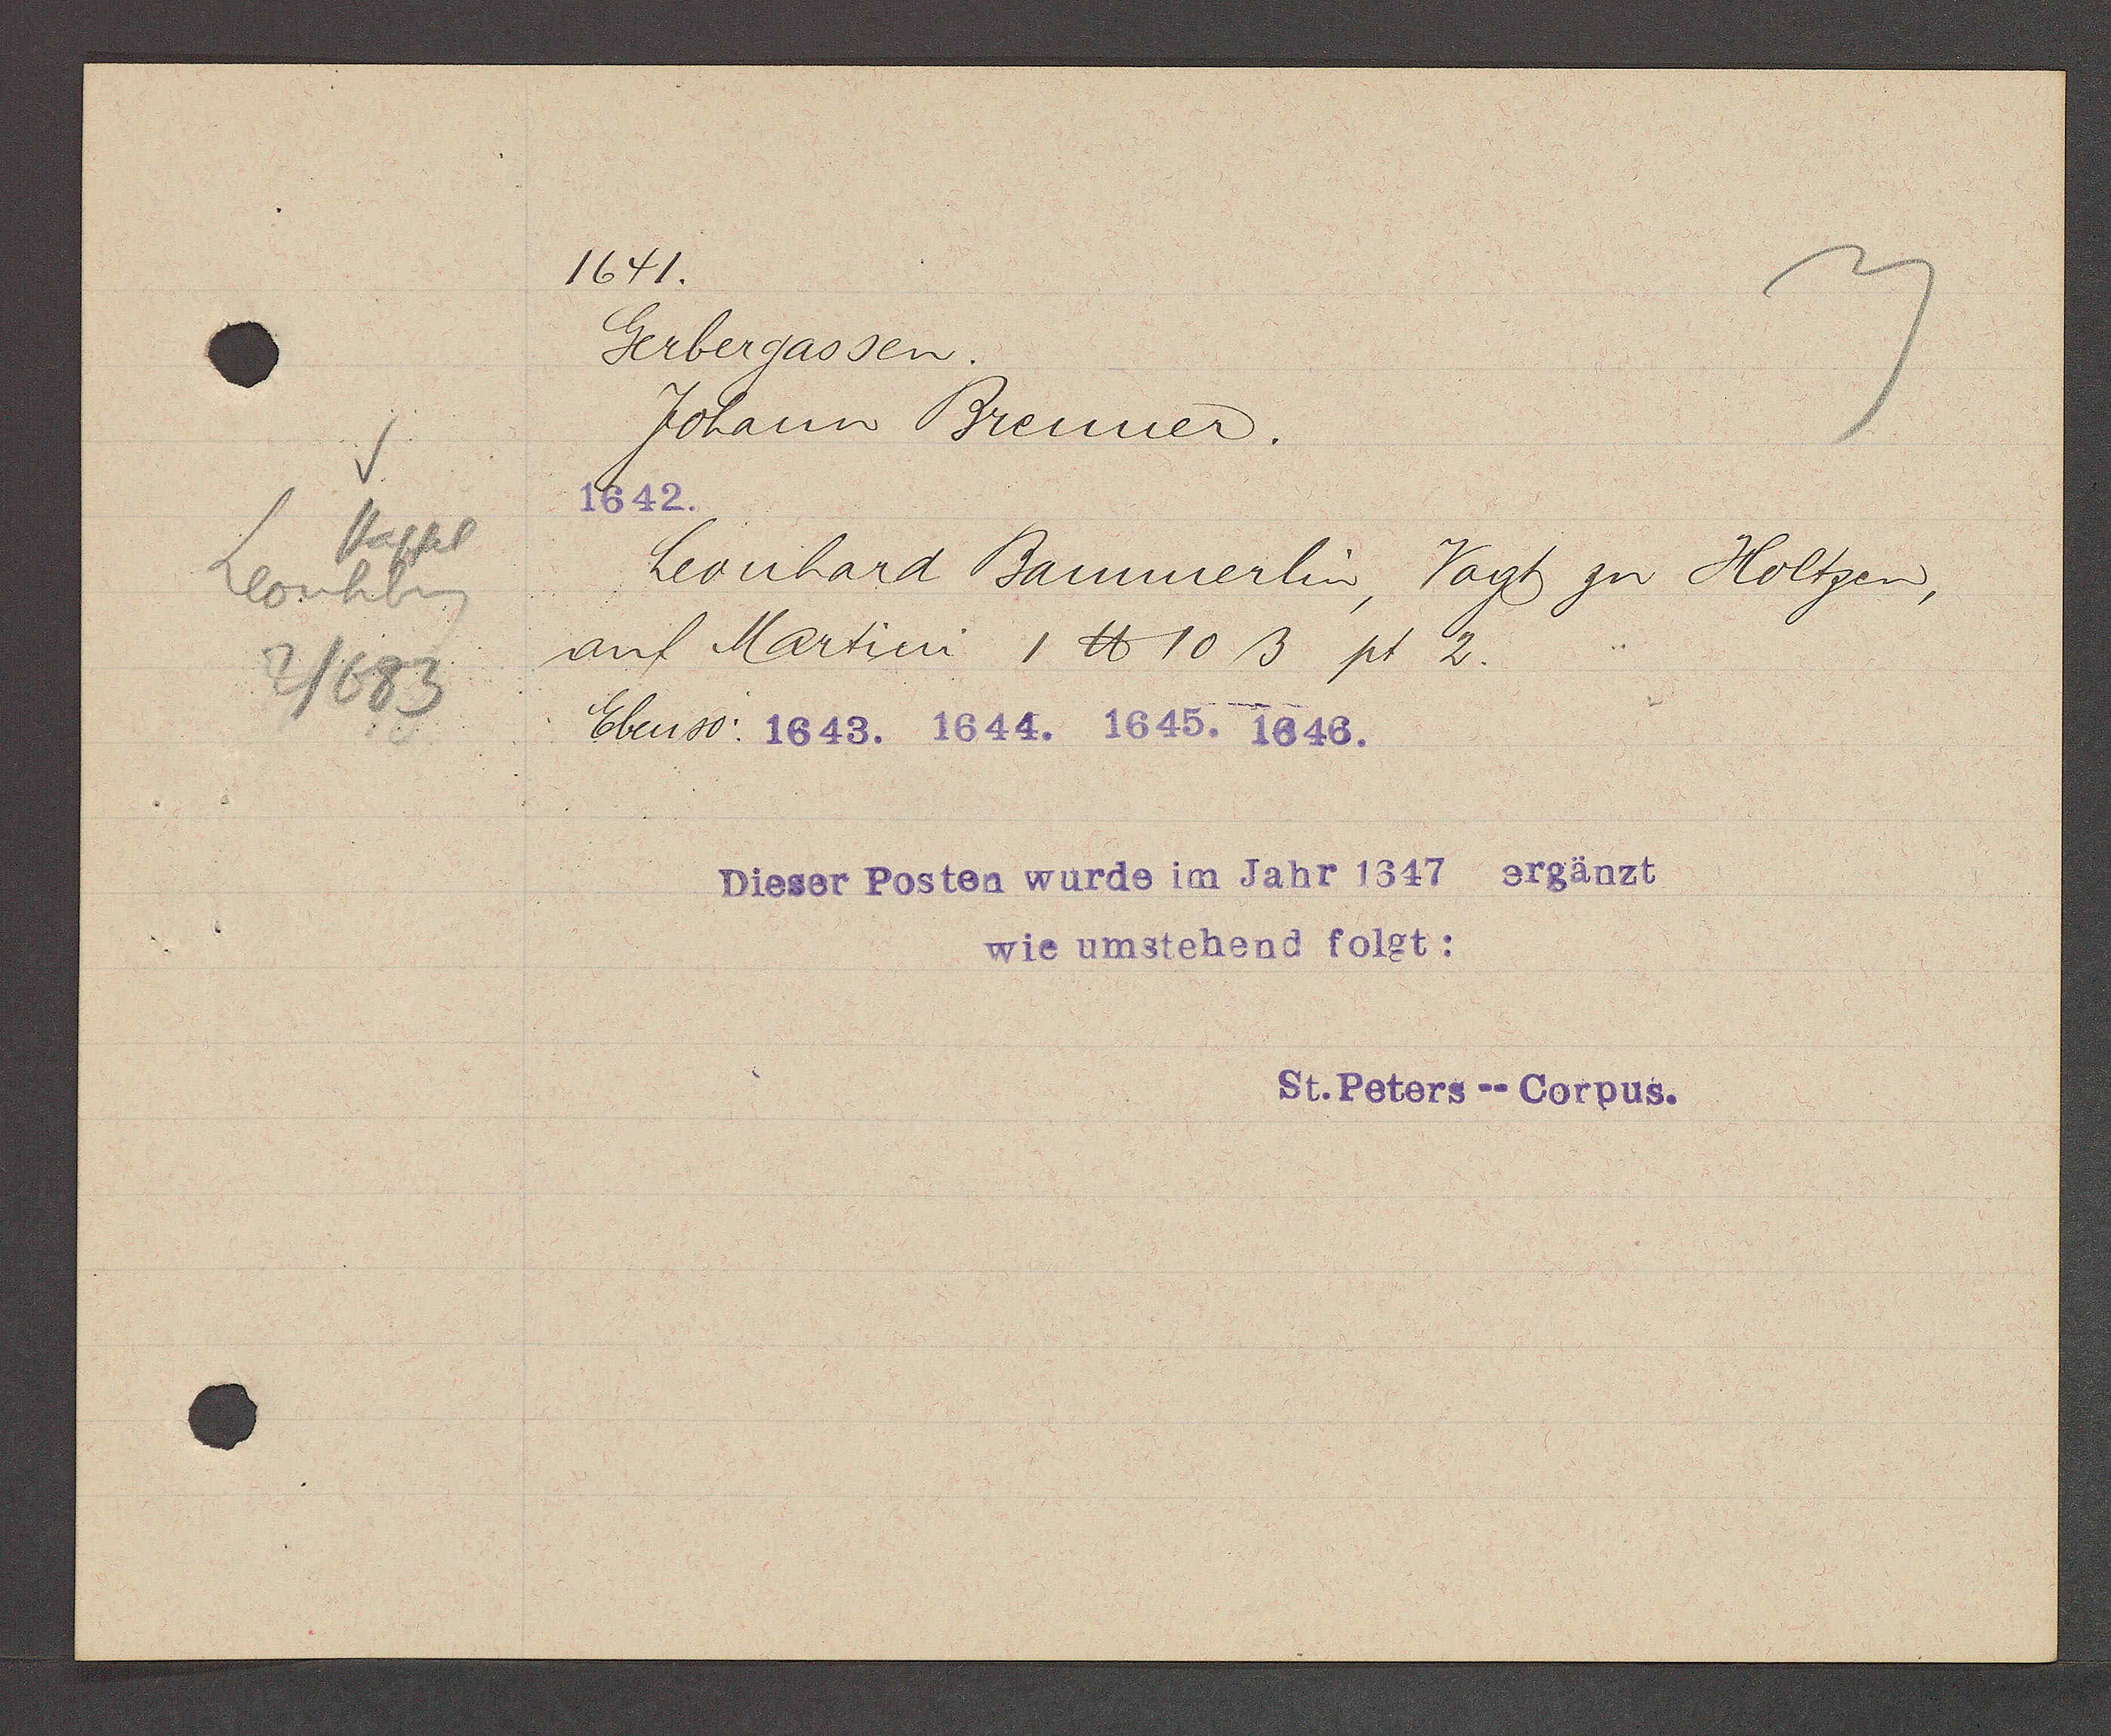
Transcript:
Stapfel
Leonhbrg
2/683

1641.

Gerbergassen.
Johann Brenner.
1642.
Leonhard Bammerlin, Vogt zu Holtzen,
auf Martini 1 ℔ 10 ß pt 2.
Ebenso: 1643. 1644. 1645. 1646.

Dieser Posten wurde im Jar 1647 ergänzt
wie umstehend folgt:
St. Peters--Corpus.